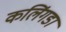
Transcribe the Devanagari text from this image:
कलिंगडा